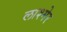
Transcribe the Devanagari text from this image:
लाश्मेर